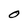
Character: O